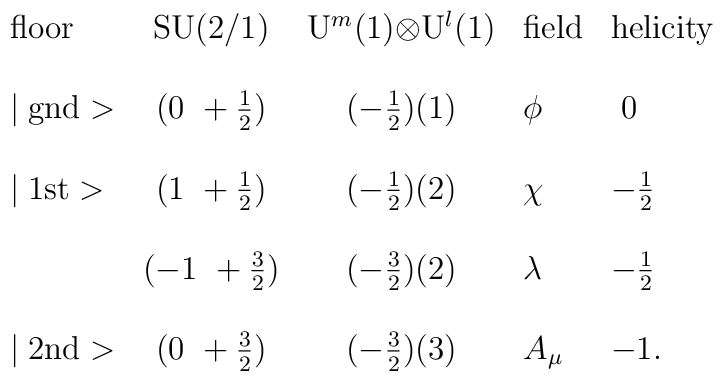
\begin{array}{lccll}\mbox{floor}     & \mbox{SU(2/1)} & \mbox{U$^m$(1)$\otimes$U$^l$(1)}&\mbox{field} & \mbox{helicity} \\\\\mid \mbox{gnd}> & (0~+\frac{1}{2})   & (-\frac{1}{2})(1) & \phi& ~0 \\\\\mid \mbox{1st}> & (1~+\frac{1}{2})   & (-\frac{1}{2})(2) & \chi& -\frac{1}{2} \\\\                 & (-1~+\frac{3}{2})   & (-\frac{3}{2})(2) & \lambda                 & -\frac{1}{2} \\\\\mid \mbox{2nd}> & (0~+\frac{3}{2})   & (-\frac{3}{2})(3) & A_\mu& -1.\\\end{array}